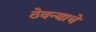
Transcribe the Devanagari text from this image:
ठेवन्याचे